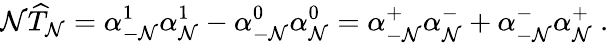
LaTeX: \mathcal{N}\widehat{T}_{\mathcal{N}}=\alpha_{-\mathcal{N}}^{1}\alpha_{\mathcal{N}}^{1}-\alpha_{-\mathcal{N}}^{0}\alpha_{\mathcal{N}}^{0}=\alpha_{-\mathcal{N}}^{+}\alpha_{\mathcal{N}}^{-}+\alpha_{-\mathcal{N}}^{-}\alpha_{\mathcal{N}}^{+}\ .